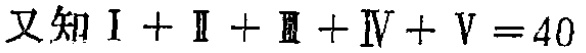
又知$\mathrm{I} + \mathrm{II} + \mathrm{III} + \mathrm{IV} + \mathrm{V} = 40$